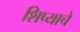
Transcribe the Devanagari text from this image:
शिप्याचे